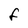
Character: F